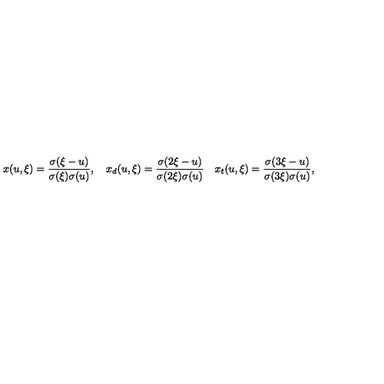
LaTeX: x ( u , \xi ) = { \frac { \sigma ( \xi - u ) } { \sigma ( \xi ) \sigma ( u ) } } , \quad x _ { d } ( u , \xi ) = { \frac { \sigma ( 2 \xi - u ) } { \sigma ( 2 \xi ) \sigma ( u ) } } \quad x _ { t } ( u , \xi ) = { \frac { \sigma ( 3 \xi - u ) } { \sigma ( 3 \xi ) \sigma ( u ) } } ,